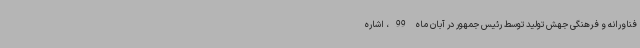
فناورانه و فرهنگی جهش تولید توسط رئیس جمهور در آبان ماه 99، اشاره